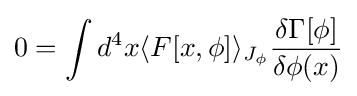
0=\int d^{4}x\langle F[x,\phi ]\rangle _{J_{\phi }}{\frac {\delta \Gamma [\phi ]}{\delta \phi (x)}}